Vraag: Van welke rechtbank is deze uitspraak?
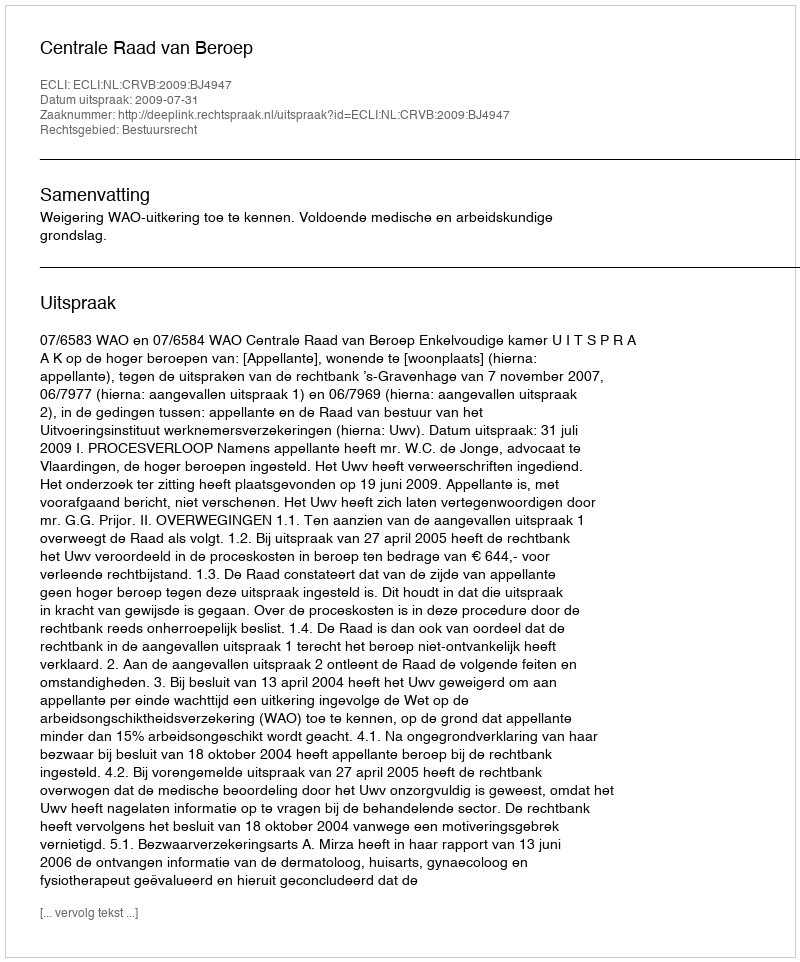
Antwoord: Centrale Raad van Beroep